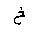
Letter: _kha